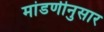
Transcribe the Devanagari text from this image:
मांडणीनुसार